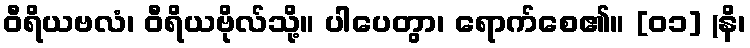
ဝီရိယဗလံ၊ ဝီရိယဗိုလ်သို့။ ပါပေတွာ၊ ရောက်စေ၏။ [၀၁] (နိ၊